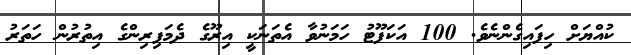
ކުއްޔަށް ހިފައިގެންނެވެ. 100 އަކަފޫޓު ހަމަނުވާ އެތަނަކީ އިރޫގެ ދެމަފިރިންގެ އިތުރުން ހަތަރު